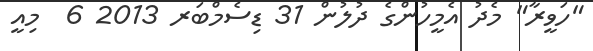
"ހަވީރާ" މެދު އެމީހުންގެ ދުލުން 31 ޑިސެމްބަރ 2013 6  މިއީ